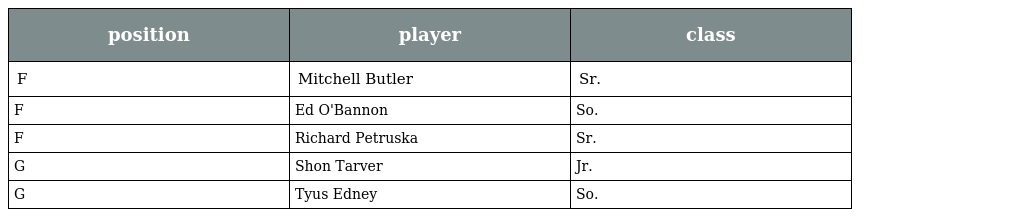
| position | player | class |
 | --- | --- | --- |
 | F | Mitchell Butler | Sr. |
 | F | Ed O'Bannon | So. |
 | F | Richard Petruska | Sr. |
 | G | Shon Tarver | Jr. |
 | G | Tyus Edney | So. |